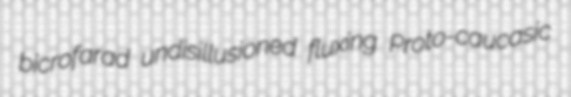
bicrofarad undisillusioned fluxing Proto-caucasic